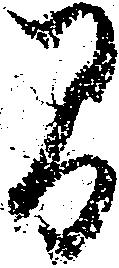
間